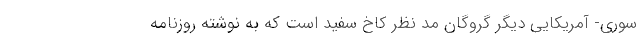
سوری- آمریکایی دیگر گروگان مد نظر کاخ سفید است که به نوشته روزنامه